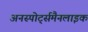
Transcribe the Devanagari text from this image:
अनस्पोर्ट्समैनलाइक